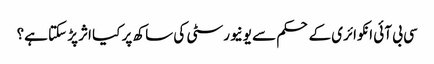
سی بی آئی انکوائری کے حکم سے یونیورسٹی کی ساکھ پر کیا اثر پڑ سکتا ہے؟